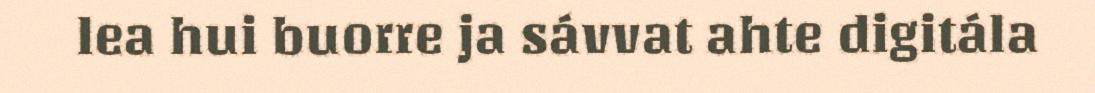
lea hui buorre ja sávvat ahte digitála